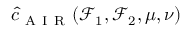
\hat { c } _ { \mathrm { ~ A ~ I ~ R ~ } } ( \mathcal { F } _ { 1 } , \mathcal { F } _ { 2 } , \mu , \nu )